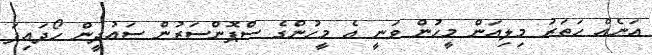
އަނެއް ހަތަރު މިލިއަން މީހުން ވަނީ އެ މީހުންގެ ސްޕޮންސަރުން ސައުދީން ހޯދައިފަ